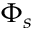
\Phi _ { s }